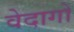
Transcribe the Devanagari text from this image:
वेदागों